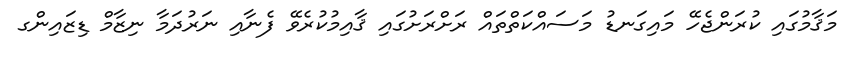
މަޤާމުގައި ކުރަންޖެހޭ މައިގަނޑު މަސައްކަތްތައް ރަށްރަށުގައި ޤާއިމުކުރެވޭ ފެނާއި ނަރުދަމާ ނިޒާމް ޑިޒައިންގ